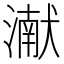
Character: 𮳖